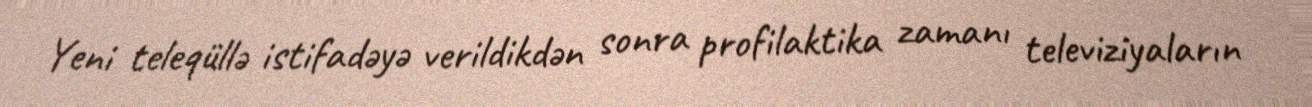
Yeni teleqüllə istifadəyə verildikdən sonra profilaktika zamanı televiziyaların